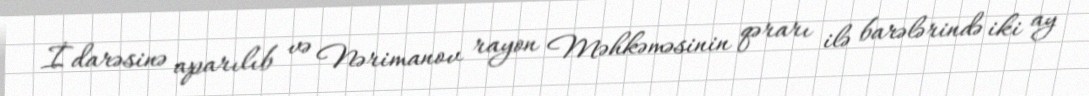
İdarəsinə aparılıb və Nərimanov rayon Məhkəməsinin qərarı ilə barələrində iki ay